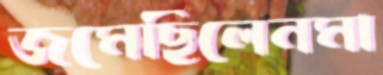
জমেছিলেনমা